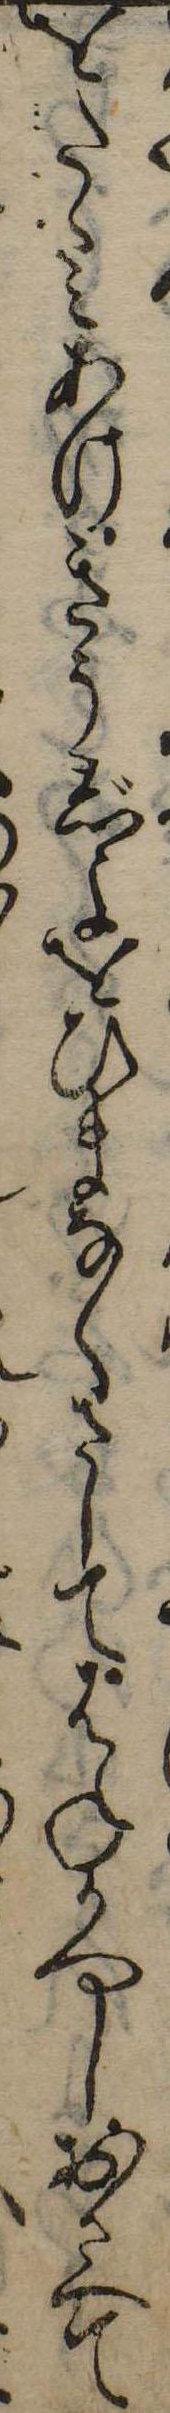
をたゝみあけきうじよをひまなくさしてはねかへしおさへて